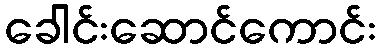
ခေါင်းဆောင်ကောင်း